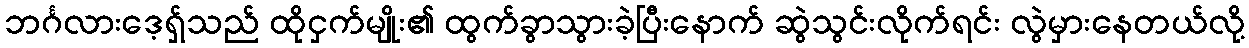
ဘင်္ဂလားဒေ့ရ်ှသည် ထိုငှက်မျိုး၏ ထွက်ခွာသွားခဲ့ပြီးနောက် ဆွဲသွင်းလိုက်ရင်း လွဲမှားနေတယ်လို့